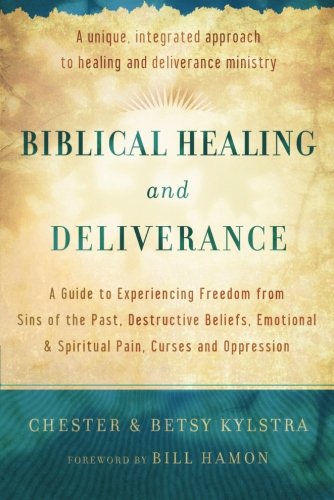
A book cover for Biblical Healing and Deliverance: A Guide to Experiencing Freedom from Sins of the Past, Destructive Beliefs, Emotional and Spiritual Pain, Curses and Oppression; Chester Kylstra; Christian Books & Bibles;